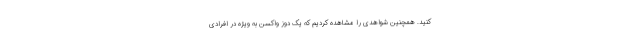
کنید. همچنین شواهدی را مشاهده کردیم که یک دوز واکسن به ویژه در افرادی